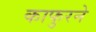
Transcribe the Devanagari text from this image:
काफुरने